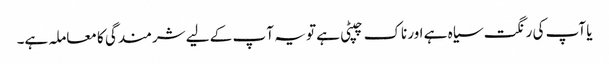
یا آپ کی رنگت سیاہ ہے اور ناک چپٹی ہے تو یہ آ پ کے لیے شرمندگی کا معاملہ ہے۔